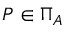
P \in \Pi _ { A }